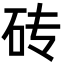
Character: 砖